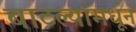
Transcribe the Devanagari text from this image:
बाटल्यांमधून